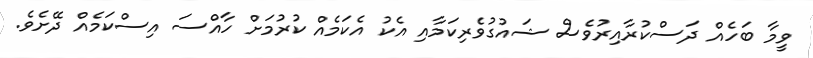
ވީމާ ބަހެއް ދަސްކުރާއިރުވެސް ޝައުގުވެރިކަމާއި އެކު އެކަމެއް ކުރުމަށް ހާއްސަ އިސްކަމެއް ދޭށެެވެ.